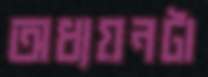
অধ্যয়নটা